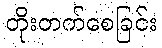
တိုးတက်စေခြင်း